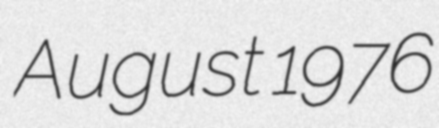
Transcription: August 1976